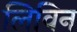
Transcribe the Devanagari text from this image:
लिविन